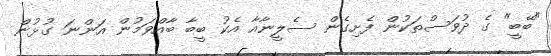
"ބޭބީ" ގެ ދުވަސްތަކުން ފެށިގެން ސެލީނާއާ އެކު ބީބާ ބާއްވަމުން އަންނަ ގުޅުން